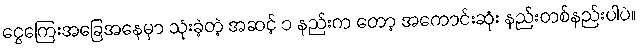
ငွေကြေးအခြေအနေမှာ သုံးခဲ့တဲ့ အဆင့် ၁ နည်းက တော့ အကောင်းဆုံး နည်းတစ်နည်းပါပဲ။